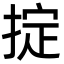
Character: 掟